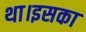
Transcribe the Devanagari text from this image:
था।इसका